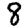
Digit: 8